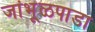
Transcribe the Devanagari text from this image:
जांभूळपाडा